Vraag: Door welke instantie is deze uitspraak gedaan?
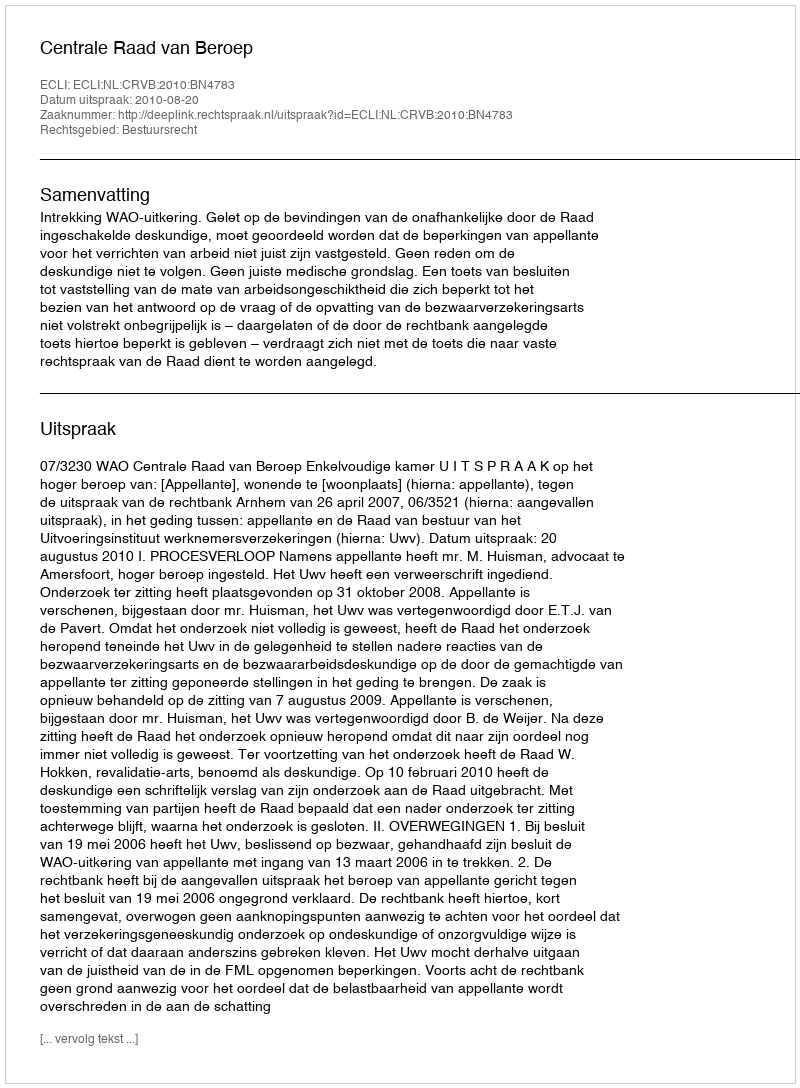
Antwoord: Centrale Raad van Beroep